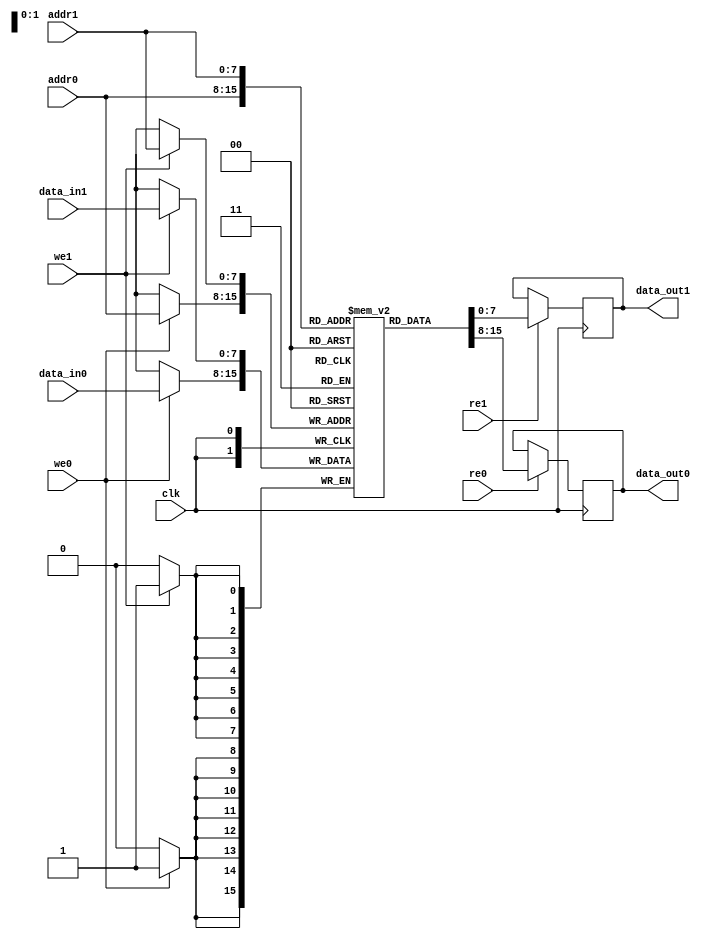
module MPSRAM #(
    parameter DATA_WIDTH = 8,  // Configurable data width (e.g., 8, 16, 32)
    parameter ADDR_WIDTH = 8,   // Configurable address width
    parameter DEPTH = 256        // Memory depth (2^ADDR_WIDTH)
) (
    input wire clk,
    
    // Port 0
    input wire [ADDR_WIDTH-1:0] addr0,
    input wire [DATA_WIDTH-1:0] data_in0,
    output reg [DATA_WIDTH-1:0] data_out0,
    input wire we0,              // Write enable for port 0
    input wire re0,              // Read enable for port 0

    // Port 1
    input wire [ADDR_WIDTH-1:0] addr1,
    input wire [DATA_WIDTH-1:0] data_in1,
    output reg [DATA_WIDTH-1:0] data_out1,
    input wire we1,              // Write enable for port 1
    input wire re1               // Read enable for port 1
);

    // Memory array
    reg [DATA_WIDTH-1:0] mem [0:DEPTH-1];

    // Port 0 Read/Write
    always @(posedge clk) begin
        if (we0) begin
            mem[addr0] <= data_in0; // Write data to memory
        end
        if (re0) begin
            data_out0 <= mem[addr0]; // Read data from memory
        end
    end

    // Port 1 Read/Write
    always @(posedge clk) begin
        if (we1) begin
            mem[addr1] <= data_in1; // Write data to memory
        end
        if (re1) begin
            data_out1 <= mem[addr1]; // Read data from memory
        end
    end

endmodule